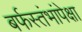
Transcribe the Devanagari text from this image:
बर्फस्तंभांपेक्षा